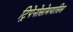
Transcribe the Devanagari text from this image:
ट्रिपेनोसोमयासिस